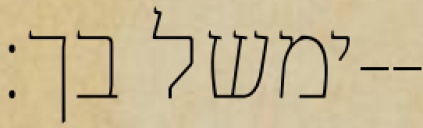
ימשל בך׃--